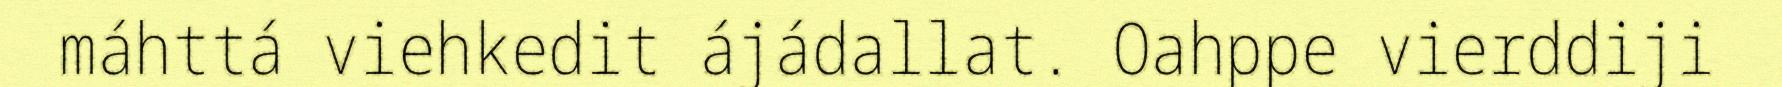
máhttá viehkedit ájádallat. Oahppe vierddiji